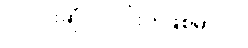
ပုလင်းဆို ပုလင်းပဲ ဖြစ်မှာပါ။